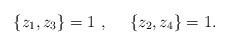
LaTeX: \begin{align*} \lbrace z_1,z_3\rbrace =1~,~~~~ \lbrace z_2,z_4\rbrace =1 .\end{align*}